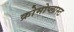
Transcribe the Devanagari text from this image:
क्रोमोप्लास्ट